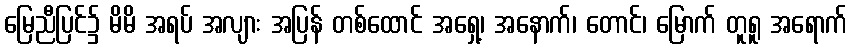
မြေညီပြင်၌ မိမိ အရပ် အလျား အပြန် တစ်ထောင် အရှေ့၊ အနောက်၊ တောင်၊ မြောက် တူရူ အရောက်